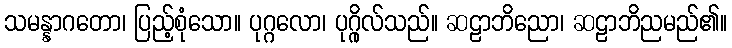
သမန္နာဂတော၊ ပြည့်စုံသော။ ပုဂ္ဂလော၊ ပုဂ္ဂိုလ်သည်။ ဆဠာဘိညော၊ ဆဠာဘိညမည်၏။